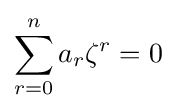
\sum _{r=0}^{n}a_{r}\zeta ^{r}=0